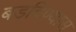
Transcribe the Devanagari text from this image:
बडविण्यास